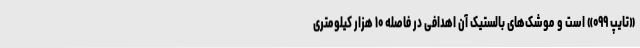
«تایپ ۰۹۹» است و موشک‌های بالستیک آن اهدافی در فاصله ۱۰ هزار کیلومتری